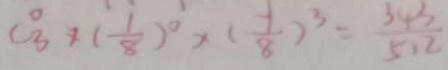
C _ { 3 } ^ { 0 } \times ( \frac { 1 } { 8 } ) ^ { 0 } \times ( \frac { 1 } { 8 } ) ^ { 3 } = \frac { 3 4 3 } { 5 . 2 }